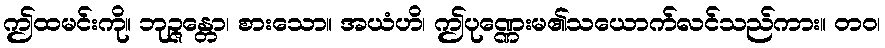
ဤထမင်းကို။ ဘုဉ္ဇန္တော၊ စားသော။ အယံဟိ၊ ဤပုဏ္ဏေးမ၏သယောက်လင်သည်ကား။ တဝ၊